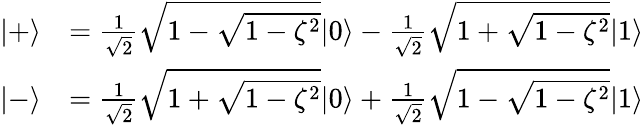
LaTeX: \begin{array}{rl}{|+\rangle}&{=\frac{1}{\sqrt{2}}\sqrt{1-\sqrt{1-\zeta^{2}}}|0\rangle-\frac{1}{\sqrt{2}}\sqrt{1+\sqrt{1-\zeta^{2}}}|1\rangle}\\ {|-\rangle}&{=\frac{1}{\sqrt{2}}\sqrt{1+\sqrt{1-\zeta^{2}}}|0\rangle+\frac{1}{\sqrt{2}}\sqrt{1-\sqrt{1-\zeta^{2}}}|1\rangle}\end{array}